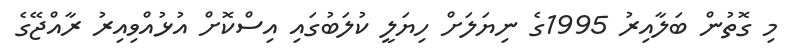
މި ގޮތުން ބަލާއިރު 1995ގެ ނިޔަލަށް ހިޔަލީ ކުލަބުގައި އިސްކޮށް އުޅުއްވިއިރު ރާއްޖޭގެ